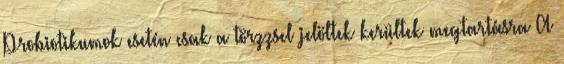
Probiotikumok esetén csak a törzzsel jelöltek kerültek megtartásra A